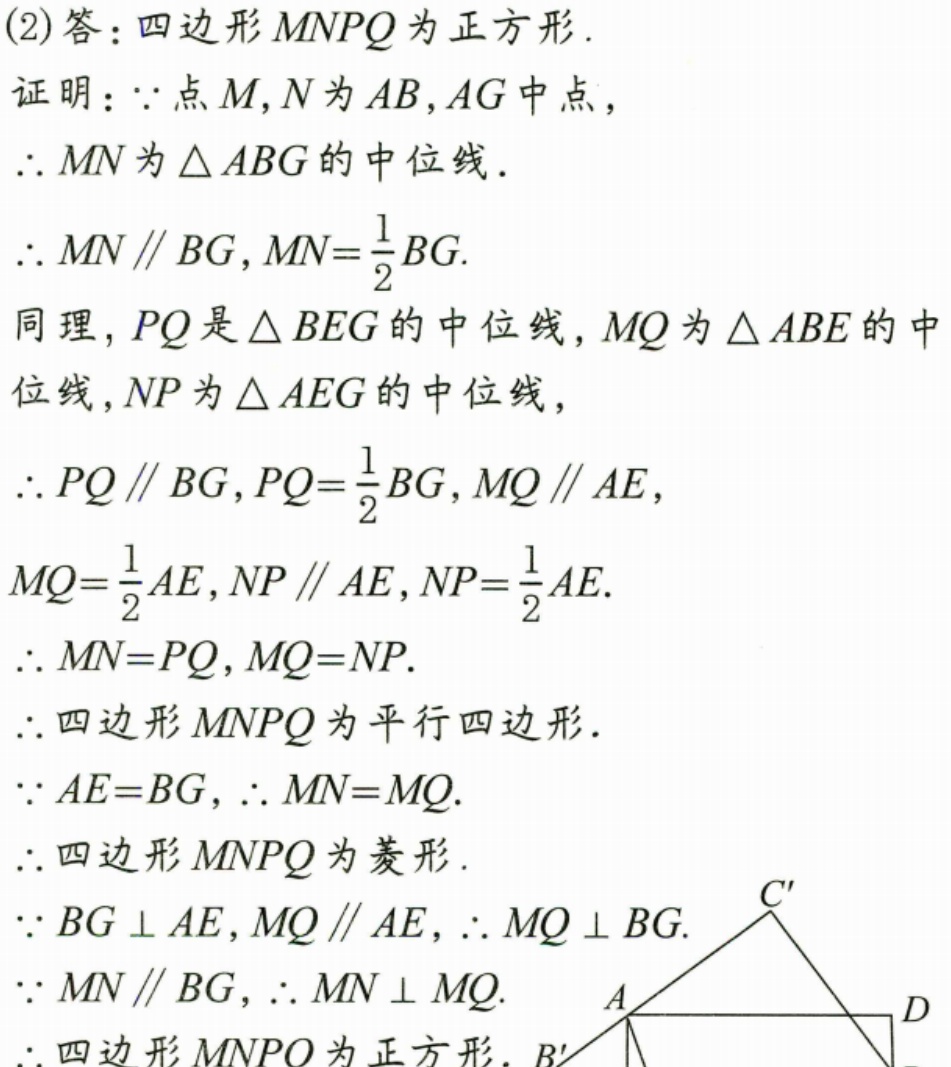
(2)答：四边形\(MNPQ\)为正方形.
证明：\(\because\)点\(M,N\)为\(AB,AG\)中点，
\(\therefore MN\)为\(\triangle ABG\)的中位线.
\(\therefore MN\parallel BG,MN = \frac{1}{2}BG\).
同理，\(PQ\)是\(\triangle BEG\)的中位线，\(MQ\)为\(\triangle ABE\)的中位线，\(NP\)为\(\triangle AEG\)的中位线，
\(\therefore PQ\parallel BG,PQ = \frac{1}{2}BG,MQ\parallel AE\)，
\(MQ=\frac{1}{2}AE,NP\parallel AE,NP = \frac{1}{2}AE\).
\(\therefore MN = PQ,MQ = NP\).
\(\therefore\)四边形\(MNPQ\)为平行四边形.
\(\because AE = BG,\therefore MN = MQ\).
\(\therefore\)四边形\(MNPQ\)为菱形.
\(\because BG\perp AE,MQ\parallel AE,\therefore MQ\perp BG\).
\(\because MN\parallel BG,\therefore MN\perp MQ\).
\(\therefore\)四边形\(MNPQ\)为正方形.